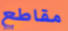
مقاطع